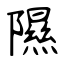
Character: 隰